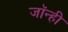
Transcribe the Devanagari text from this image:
जॉन्ही